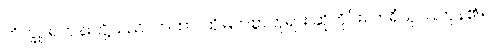
ဘိက္ခူ၊ ရဟန်းတို့သည်။ တထာ၊ ထိုမြတ်စွာဘုရား ဆိုတိုင်း။ ကရိံသု၊ ပြုကုန်၏။